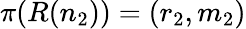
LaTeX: \pi(R(n_{2}))=(r_{2},m_{2})